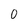
Character: 0